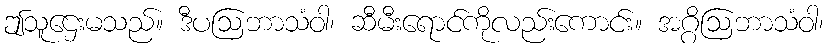
ဤသူဌေးမသည်။ ဒီပဩဘာသံဝါ၊ ဆီမီးရောင်ကိုလည်းကောင်း။ အဂ္ဂိဩဘာသံဝါ၊